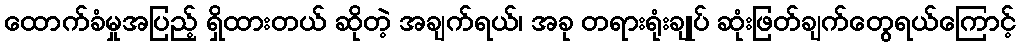
ထောက်ခံမှုအပြည့် ရှိထားတယ် ဆိုတဲ့ အချက်ရယ်၊ အခု တရားရုံးချုပ် ဆုံးဖြတ်ချက်တွေရယ်ကြောင့်